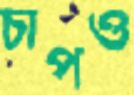
চাপও